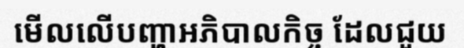
មើលលើបញ្ហាអភិបាលកិច្ច ដែលជួយ